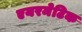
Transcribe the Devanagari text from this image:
एयरमेटिक